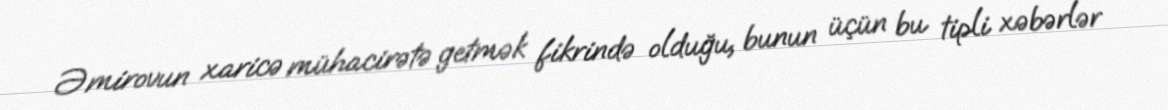
Əmirovun xaricə mühacirətə getmək fikrində olduğu, bunun üçün bu tipli xəbərlər